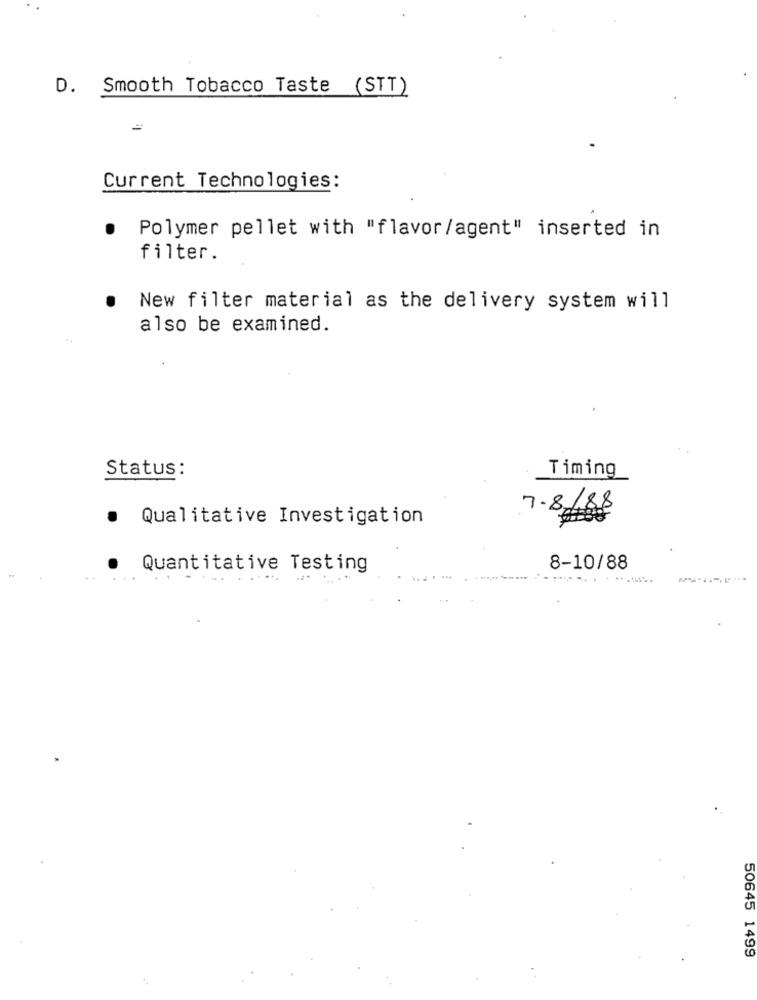
D. Smooth Tobacco Taste (STT)
=
Current Technologies:
Polymer pellet with "flavor/agent" inserted in
filter.
New filter material as the delivery system will
also be examined.
Status:
Timing
7.8/88
.
Qualitative Investigation
Quantitative Testing
8-10/88
...
50645 1499